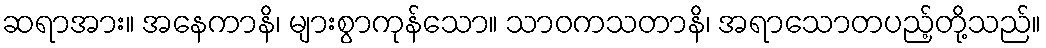
ဆရာအား။ အနေကာနိ၊ များစွာကုန်သော။ သာဝကသတာနိ၊ အရာသောတပည့်တို့သည်။